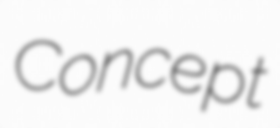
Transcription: Concept